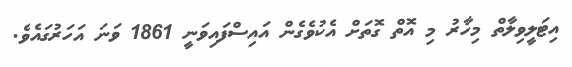
އިޓަލީވިލާތް މިހާރު މި އޮތް ގޮތަށް އެކުވެގެން އައިސްފައިވަނީ 1861 ވަނަ އަހަރުގައެވެ.